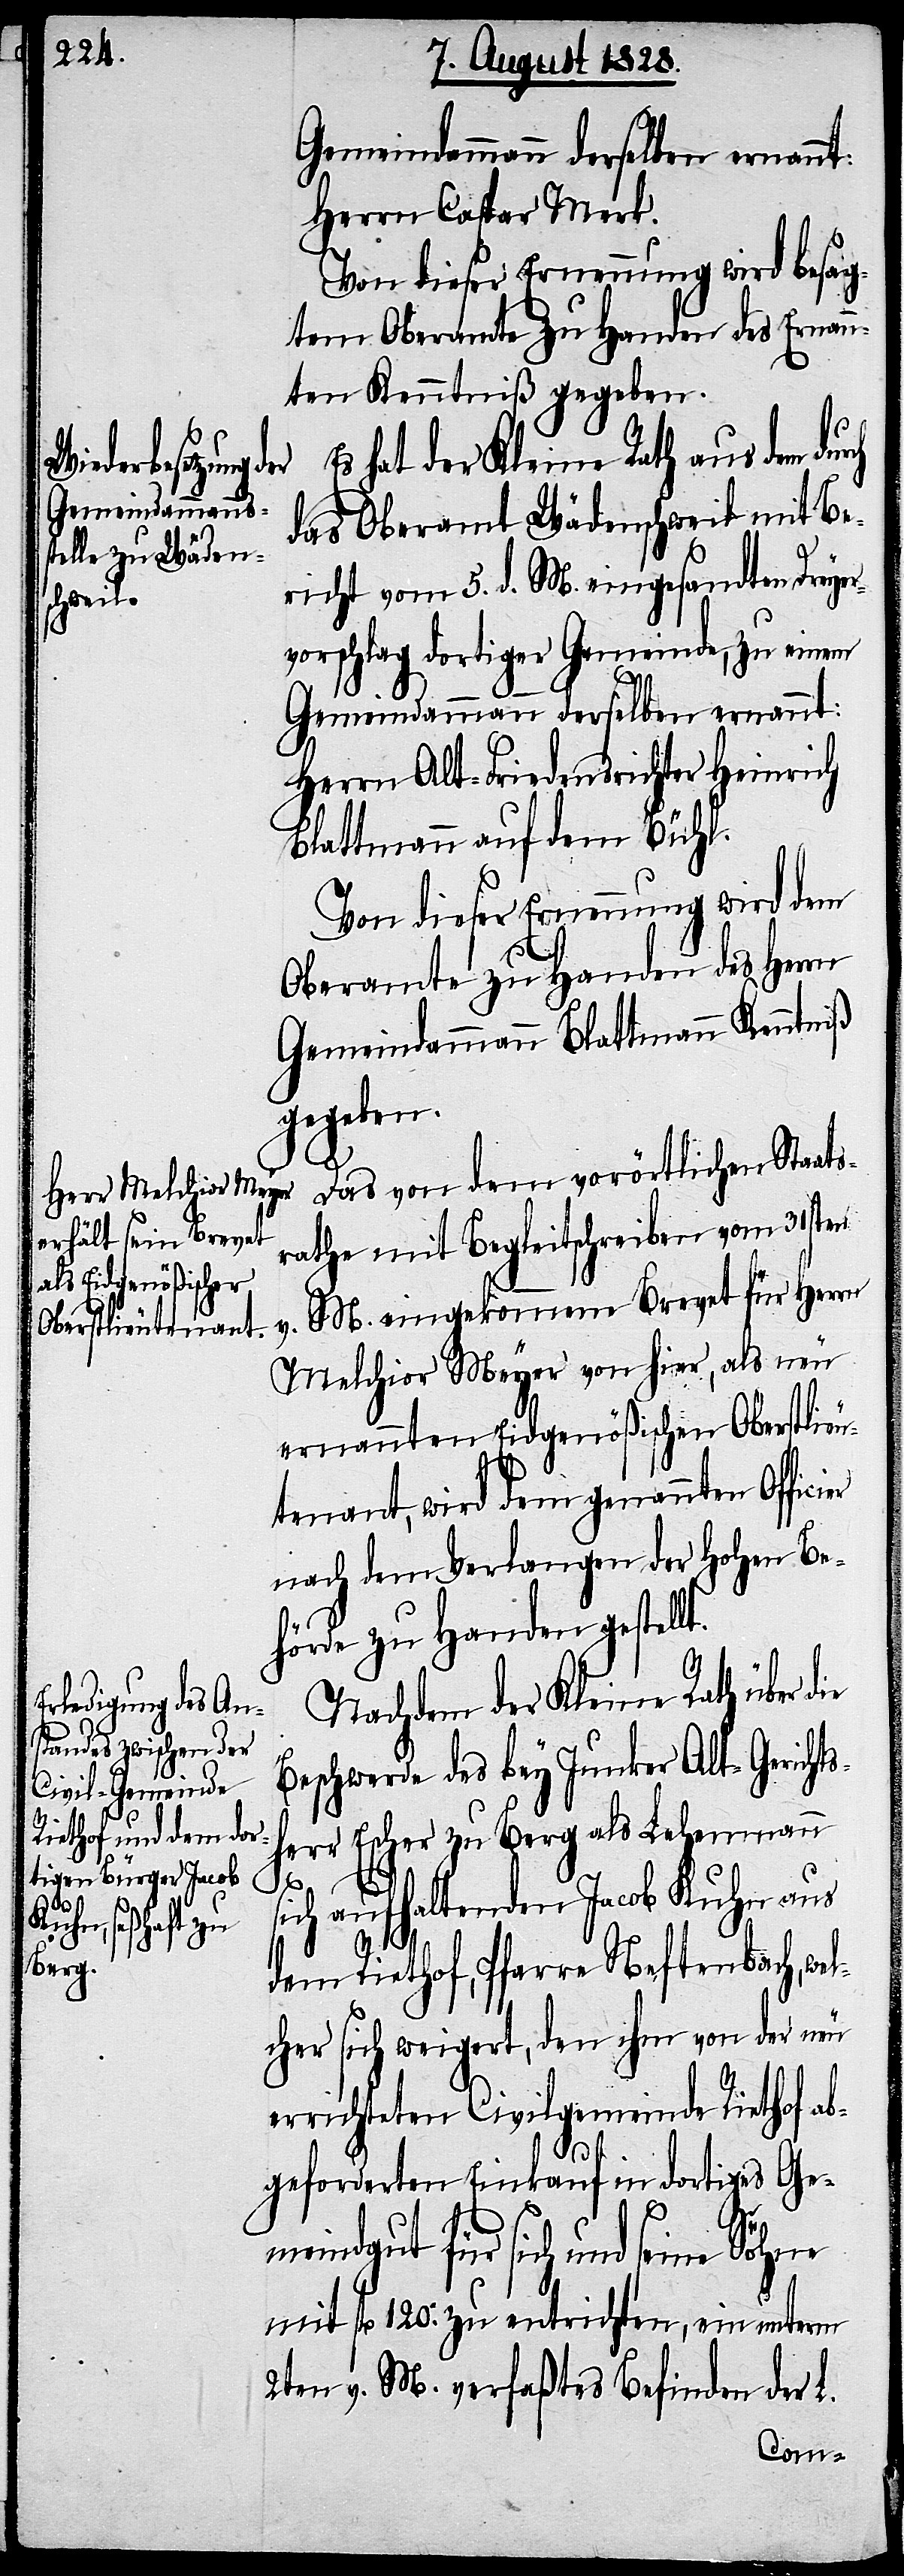
Herrn Caspar Merk.
Von dieser Ernennung wird besag¬
tem Oberamte zu Handen des Ernan¬
nten Kenntniß gegeben.
Es hat der Kleine Rath aus dem dur¬
das Oberamt Wädenschweil mit Be¬
richt vom 5. d. M. eingesandten Dreye¬
rvorschlag dortiger Gemeinde, zu einem
Gemeindammann derselben ernannt:
Herrn Alt-Friedensrichter Heinrich
Blattmann auf dem Bühl.
Von dieser Ernennung wird dem
Oberamte zu Handen des Herrn
Gemeindammann Blattmann Kenntniß
gegeben.
Das von dem vorörtlichen Staats¬
rathe mit Begleitschrieben vom 31sten
v. M. eingekommene Brevet für Herrn
Melchior Meyer von hier, als neu
ernannten Eidgenößischen Oberstlieu¬
tenant, wird dem genannten Offi¬
nach dem Verlangen der Hohen Be¬
hörde zu Handen gestellt.
Nachdem der Kleine Rath über d¬
Beschwerde des bey Junker Alt-Gericht¬
sherr Escher zu Berg als Lehenmann
ch
ie
sich aufhaltenden Jacob Kuhn aus
dem Riethof, Pfarre Neftenbach, wel¬
cher sich weigert, den ihm von der neu
errichteten Civilgemeinde Riethof a¬
bgeforderten Einkauf in dortiges Ge¬
meindgut für sich und seine
mit fl. 120. zu entrichten, ein unterm
2ten v. M. verfaßtes Befinden der L.